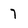
Character: 7